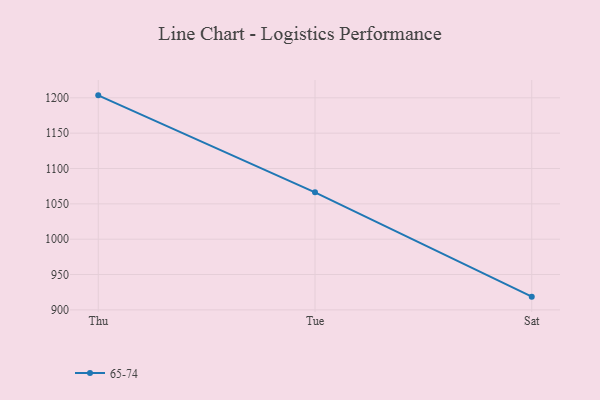
{"axis": {"x": "Day", "y": "Backlog"}, "legend": ["65-74"], "data": [{"x": "Thu", "y": 1203.5, "type": "65-74"}, {"x": "Tue", "y": 1066.3, "type": "65-74"}, {"x": "Sat", "y": 918.7, "type": "65-74"}]}